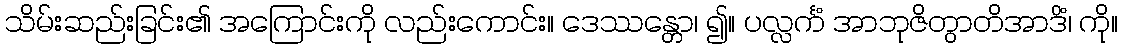
သိမ်းဆည်းခြင်း၏ အကြောင်းကို လည်းကောင်း။ ဒေဿန္တော၊ ၍။ ပလ္လင်္ကံ အာဘုဇိတွာတိအာဒိံ၊ ကို။